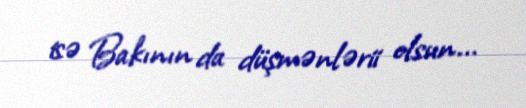
isə Bakının da düşmənlərii olsun...